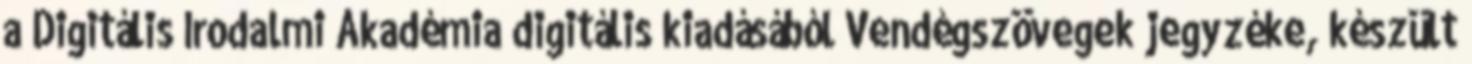
a Digitális Irodalmi Akadémia digitális kiadásából Vendégszövegek jegyzéke, készült